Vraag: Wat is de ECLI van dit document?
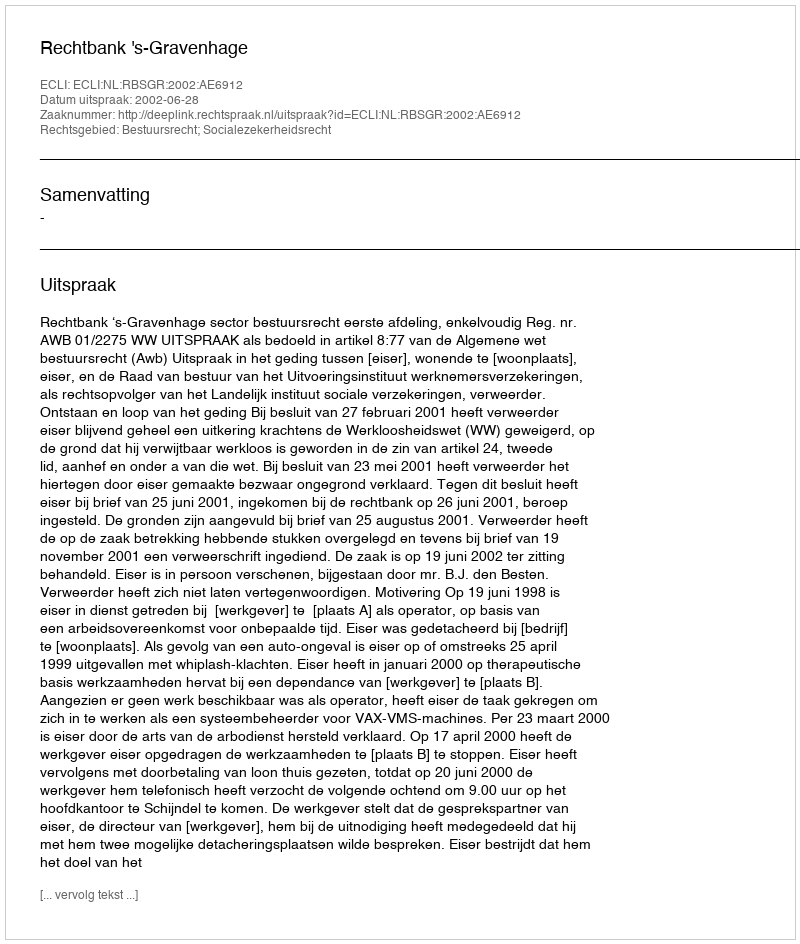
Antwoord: ECLI:NL:RBSGR:2002:AE6912